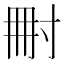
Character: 𡬬